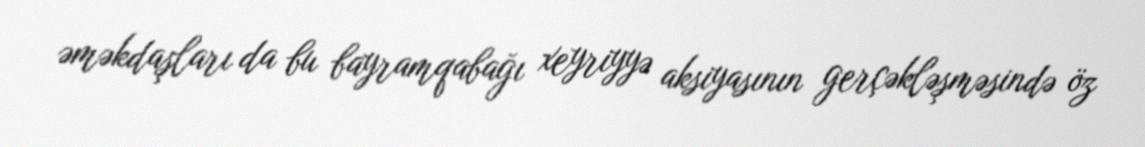
əməkdaşları da bu bayramqabağı xeyriyyə aksiyasının gerçəkləşməsində öz